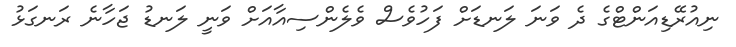
ނިއުރޭޑިއަންޓްގެ ދެ ވަނަ ލަނޑަށް ފަހުވެސް ވެލެންސިއާއަށް ވަނީ ލަނޑު ޖަހާނެ ރަނގަޅު